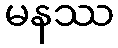
မနဿ